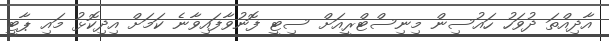
އާދިއްތަ ދުވަހު ހައުސިން މިނިސްޓްރީއަށް ސިޓީ ފޮނުވާފައިވާނެ ކަމަށް އިދިކޮޅު މައި ޕާޓީ